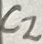
Text: C2